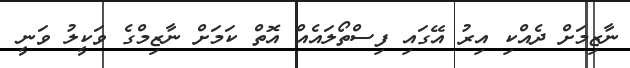
ނާޒިމަށް ދެއްކި އިރު އޭގައި ފިސްތޯލައެއް އޮތް ކަމަށް ނާޒިމްގެ ވަކީލު ވަނީ